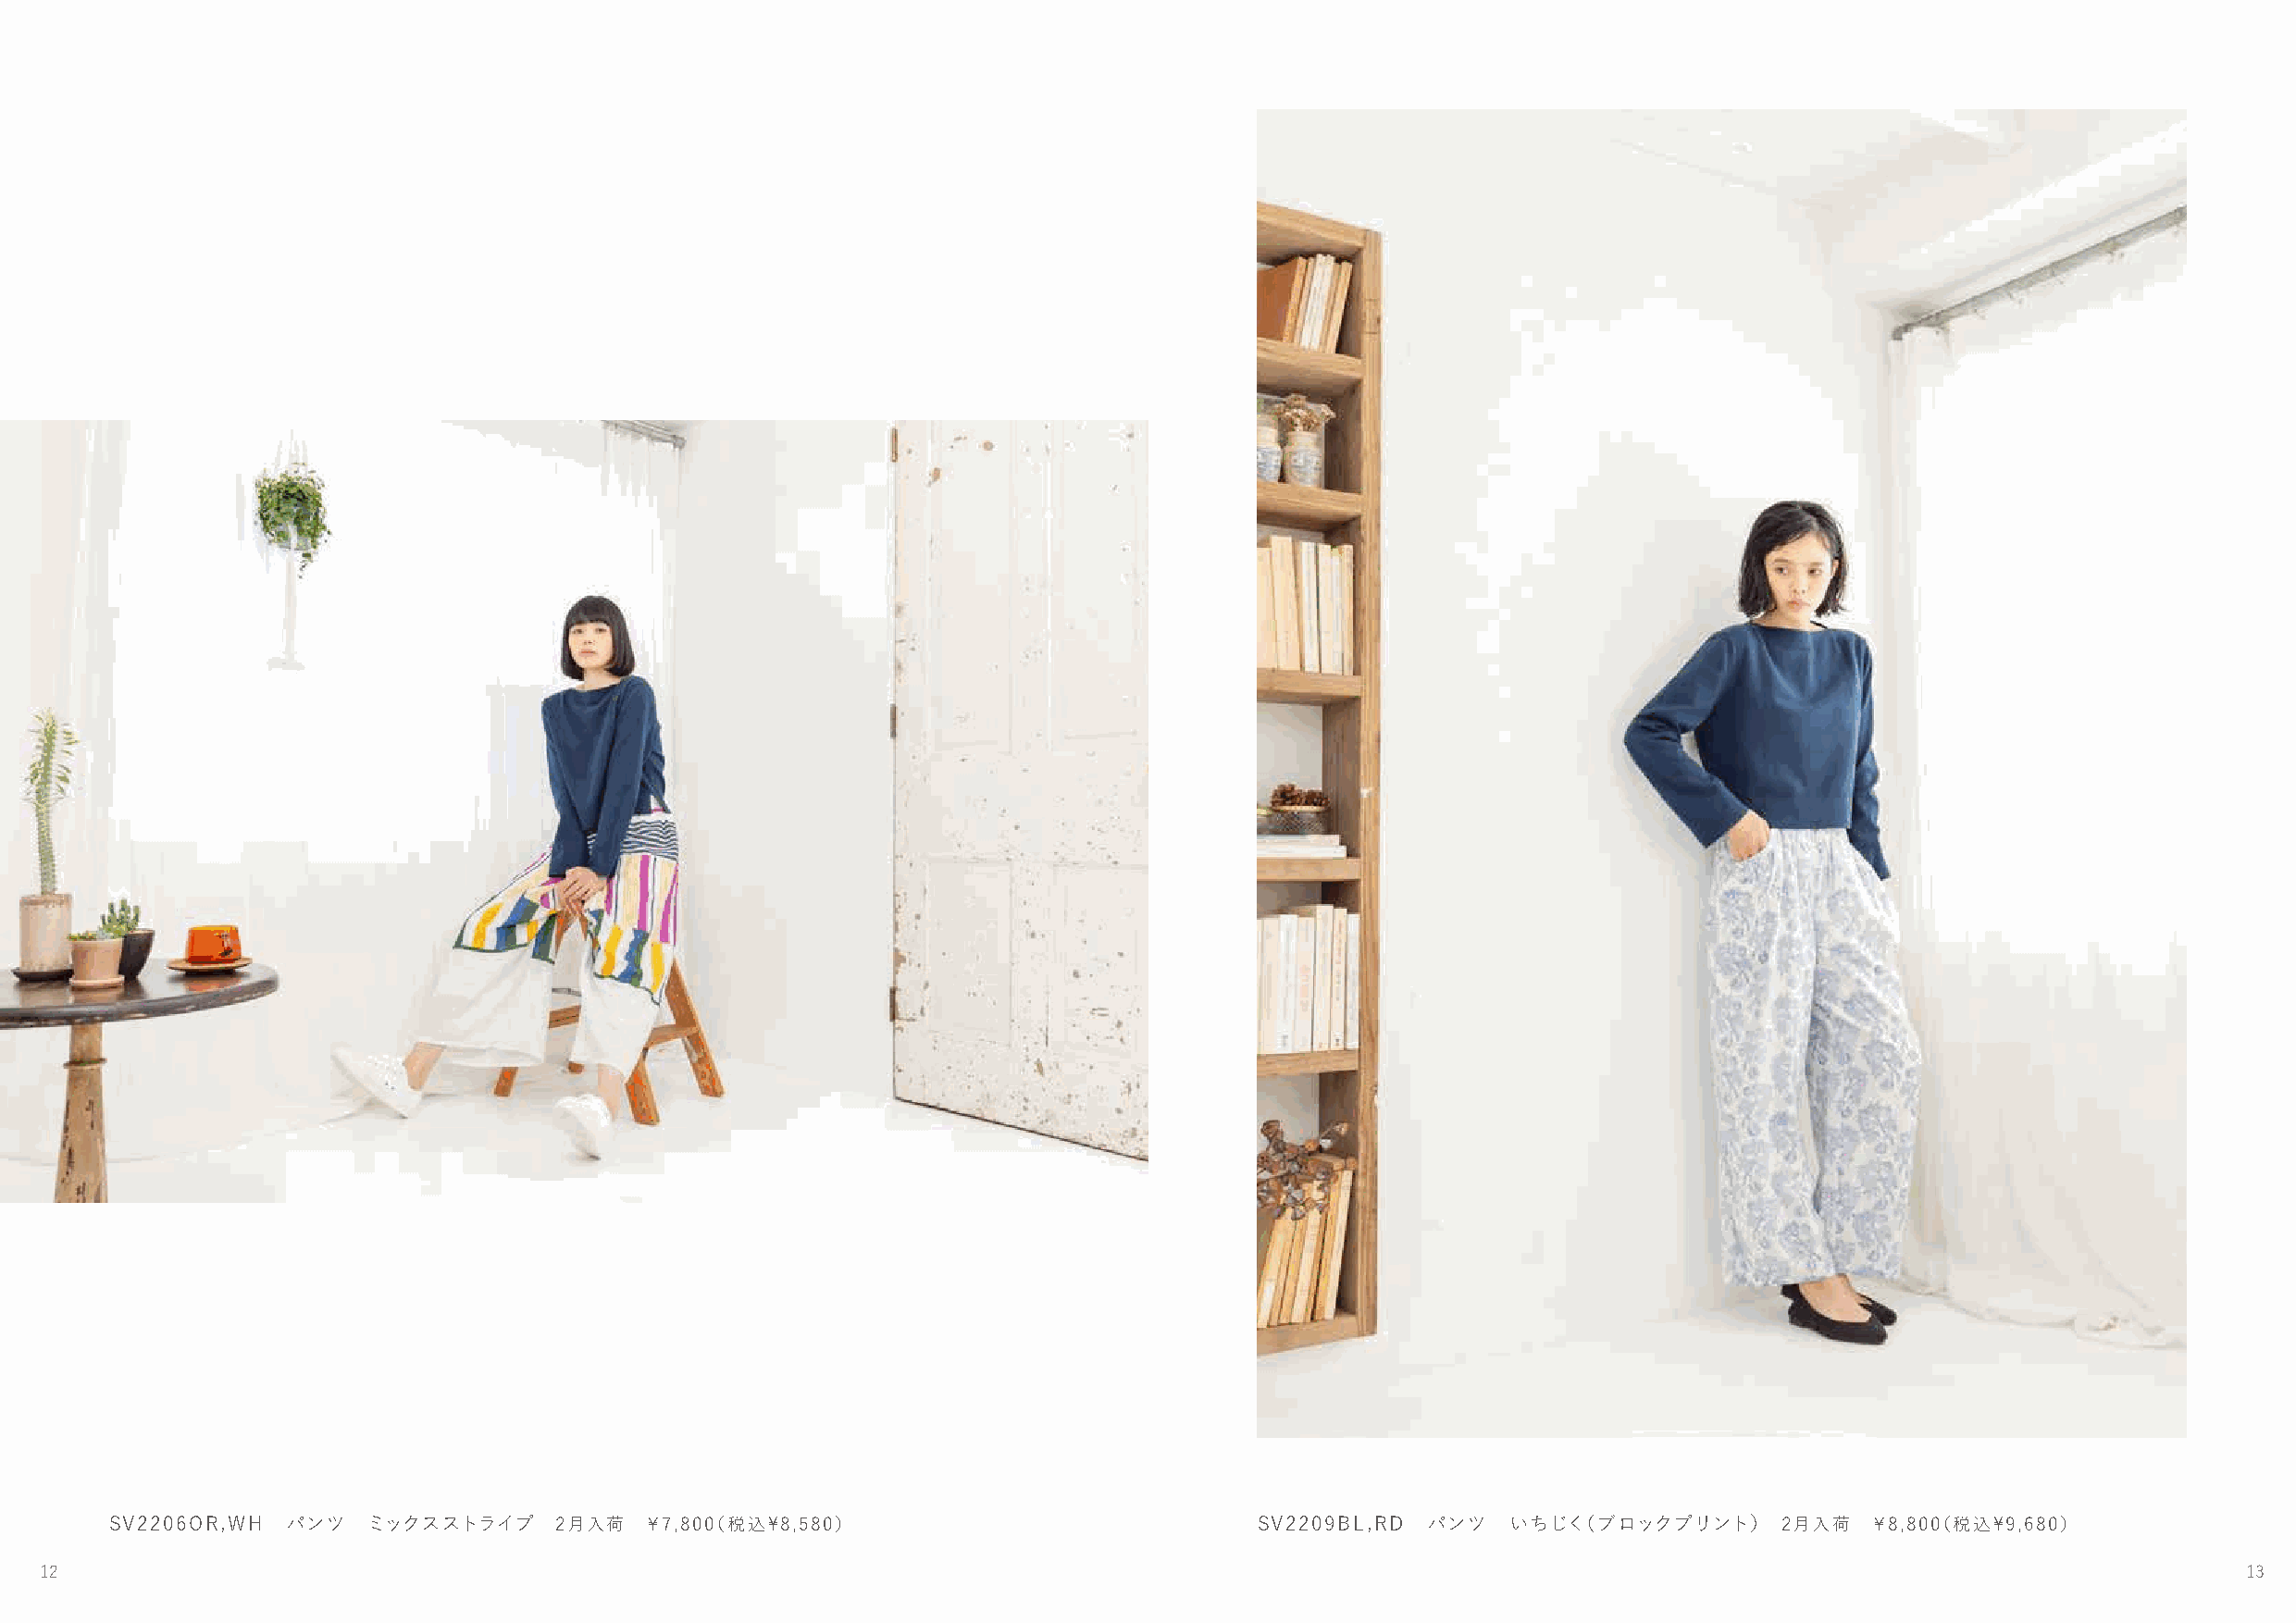
SV2206OR,WH  パンツ  ミックスストライプ     2月入荷  ￥7,800（税込\8,580）                            SV2209BL,RD パンツ   いちじく（ブロックプリント）     2月入荷   ￥8,800（税込\9,680）
 12                                                                                                                                                            13